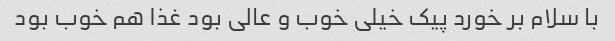
با سلام بر خورد پیک خیلی خوب و عالی بود غذا هم خوب بود